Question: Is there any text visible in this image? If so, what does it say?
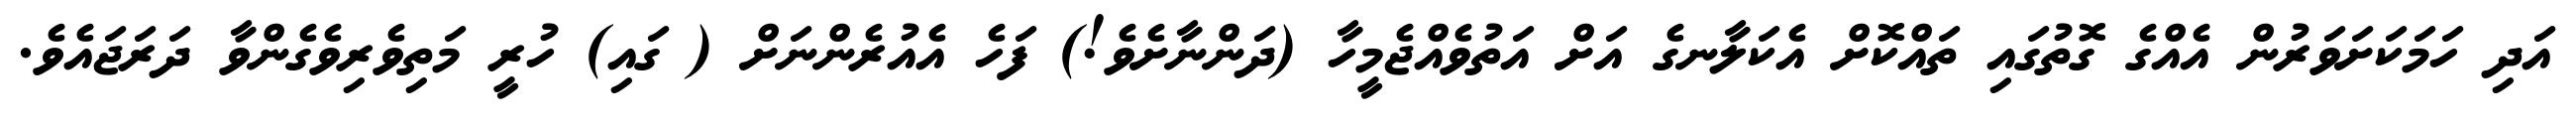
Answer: އަދި ހަމަކަށަވަރުން އެއްގެ ގޮތުގައި ތައްކޮށް އެކަލާނގެ އަށް އަތުވެއްޖެމީހާ (ދަންނާށެވެ!) ފަހެ އެއުރެންނަށް ( ގައި) ހުރީ މަތިވެރިވެގެންވާ ދަރަޖައެވެ.